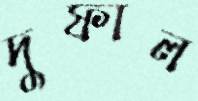
দুফাল